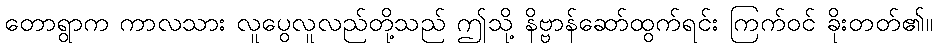
တောရွာက ကာလသား လူပွေလူလည်တို့သည် ဤသို့ နိဗ္ဗာန်ဆော်ထွက်ရင်း ကြက်ဝင် ခိုးတတ်၏။